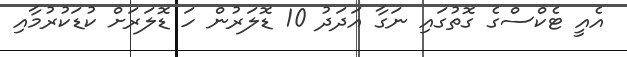
އެއީ ޓެކްސްގެ ގޮތުގައި ނަގާ އަދަދު 10 ޑޮލަރުން ހަ ޑޮލަރަށް ކުޑަކުރުމާއި